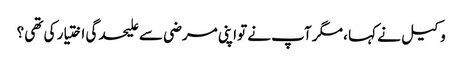
وکیل نے کہا ، مگر آپ نے تواپنی مرضی سے علیحدگی اختیار کی تھی ؟